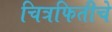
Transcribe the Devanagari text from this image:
चित्रफितीचे